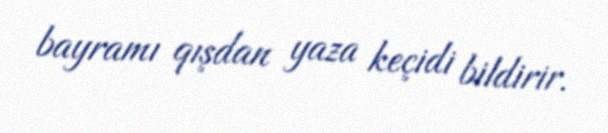
bayramı qışdan yaza keçidi bildirir.